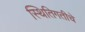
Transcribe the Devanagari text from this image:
स्थितिगतीचे